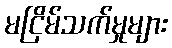
မငြိမ်သက်မှုများ